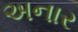
અનાર